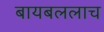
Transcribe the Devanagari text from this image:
बायबललाच